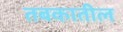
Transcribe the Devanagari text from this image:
तबकातील